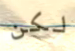
لكن